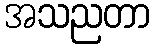
အသညတာ